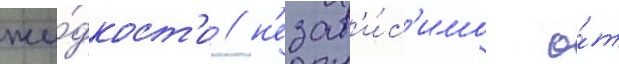
жи́дкост'и / н'езав'и́с'имо о́т